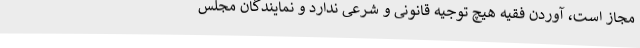
مجاز است، آوردن فقیه هیچ توجیه قانونی و شرعی ندارد و نمایندگان مجلس